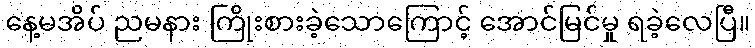
နေ့မအိပ် ညမနား ကြိုးစားခဲ့သောကြောင့် အောင်မြင်မှု ရခဲ့လေပြီ။